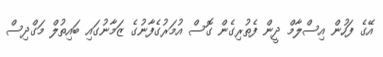
އޭގެ ފަހުން އިސްލާމް ދީން ފެތުރިގެން ގޮސް އުމަރުގެފާނުގެ ޒަމާނުގައި ބައިތުލް މަގްދިސް